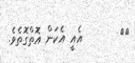
١٤       އެއީ އެކަން އޮތްގޮތެވެ.